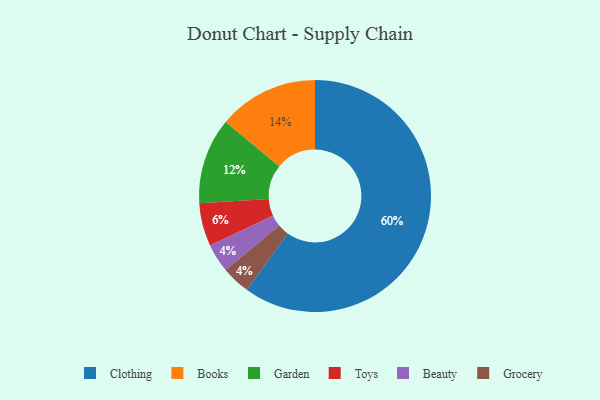
{"axis": {"x": "Category", "y": "Percentage"}, "legend": ["Beauty", "Books", "Clothing", "Garden", "Grocery", "Toys"], "data": [{"x": "Beauty", "y": 4, "type": "Beauty"}, {"x": "Books", "y": 14, "type": "Books"}, {"x": "Toys", "y": 6, "type": "Toys"}, {"x": "Clothing", "y": 60, "type": "Clothing"}, {"x": "Grocery", "y": 4, "type": "Grocery"}, {"x": "Garden", "y": 12, "type": "Garden"}]}